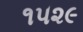
૧૫૨૯